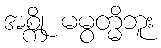
အစ္ကို မမွတ္မိဘူး